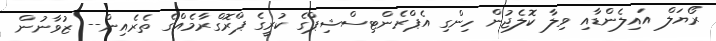
ރޯޔަލް އައިލެންޑާއި ވިލާ ކޮލެޖުން ހިންގި އެޕްރެންޓިސްޝިޕްގެ ކުރީގެ ޕްރޮގްރާމެއްގެ ތެރެއިން-- ޒުވާނުން